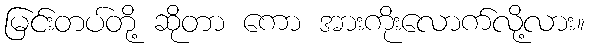
မြင်းတပ်တို့ ဆိုတာ ကော အားကိုးလောက်လို့လား။